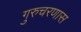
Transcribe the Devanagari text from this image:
गुरुचरणास